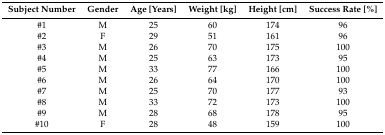
<table><thead><tr><td><b>Subject Number</b></td><td><b>Gender</b></td><td><b>Age [Years]</b></td><td><b>Weight [kg]</b></td><td><b>Height [cm]</b></td><td><b>Success Rate [%]</b></td></tr></thead><tbody><tr><td>#1</td><td>M</td><td>25</td><td>60</td><td>174</td><td>96</td></tr><tr><td>#2</td><td>F</td><td>29</td><td>51</td><td>161</td><td>96</td></tr><tr><td>#3</td><td>M</td><td>26</td><td>70</td><td>175</td><td>100</td></tr><tr><td>#4</td><td>M</td><td>25</td><td>63</td><td>173</td><td>95</td></tr><tr><td>#5</td><td>M</td><td>33</td><td>77</td><td>166</td><td>100</td></tr><tr><td>#6</td><td>M</td><td>26</td><td>64</td><td>170</td><td>100</td></tr><tr><td>#7</td><td>M</td><td>25</td><td>70</td><td>177</td><td>93</td></tr><tr><td>#8</td><td>M</td><td>33</td><td>72</td><td>173</td><td>100</td></tr><tr><td>#9</td><td>M</td><td>28</td><td>68</td><td>178</td><td>95</td></tr><tr><td>#10</td><td>F</td><td>28</td><td>48</td><td>159</td><td>100</td></tr></tbody></table>